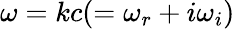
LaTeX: \omega=kc(=\omega_{r}+i\omega_{i})